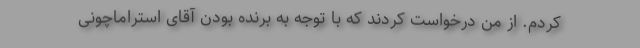
کردم. از من درخواست کردند که با توجه به برنده بودن آقای استراماچونی